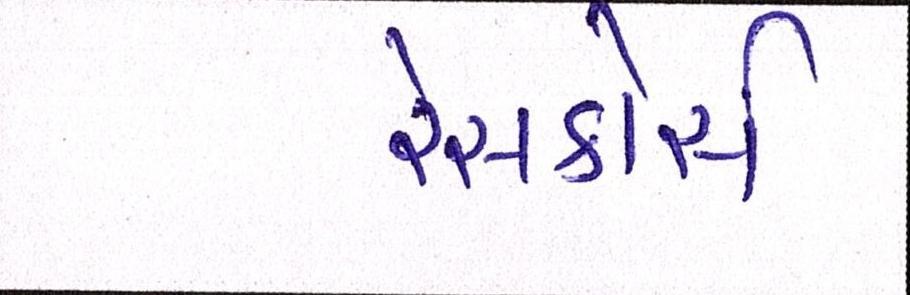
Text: રેસકોર્સ